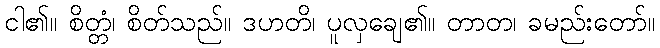
ငါ၏။ စိတ္တံ၊ စိတ်သည်။ ဒဟတိ၊ ပူလှချေ၏။ တာတ၊ ခမည်းတော်။